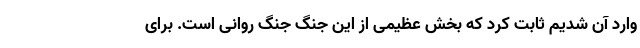
وارد آن شدیم ثابت کرد که بخش عظیمی از این جنگ جنگ روانی است. برای